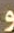
و